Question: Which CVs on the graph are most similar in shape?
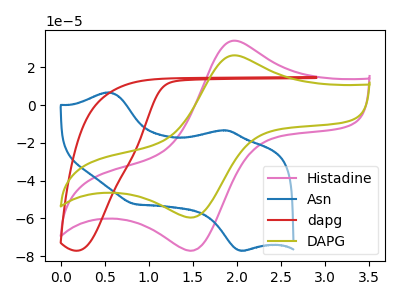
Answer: <think>The pink curve "Histadine" has an anodic peak at (1.95V, 33.95uA) and a cathodic peak at (1.50V, -77.10uA). The blue curve "Asn" has anodic peaks at (0.55V, 6.65uA) (1.85V, -13.35uA) and cathodic peaks at (2.05V, -76.95uA) (0.85V, -52.40uA). The red curve "dapg" has no peaks. The olive curve "DAPG" has an anodic peak at (1.95V, 26.20uA) and a cathodic peak at (1.50V, -59.55uA).
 "Histadine" and "Asn" have a different number of peaks. "Histadine" and "dapg" have a different number of peaks. All the peaks in "Histadine" have a peak in "DAPG" at the same potential. Every peak in "Histadine" is higher than every peak in "DAPG". "Asn" and "dapg" have a different number of peaks. "Asn" and "DAPG" have a different number of peaks. "dapg" and "DAPG" have a different number of peaks.</think>
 <answer>"Histadine" and "DAPG" have the same shape and are likely CV's of the same chemical.</answer>
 <eval>"Histadine" "DAPG"</eval>